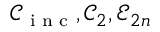
\mathcal { C } _ { \textnormal { \scriptsize i n c } } , \mathcal { C } _ { 2 } , \mathcal { E } _ { 2 n }